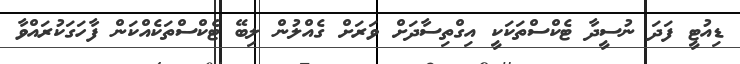
ޑިއުޓީ ފަދަ ނުސީދާ ޓެކްސްތަކަކީ އިގްތިސާދަށް ވަރަށް ގެއްލުން ލިބޭ ޓެކްސްތަކެއްކަން ފާހަގަކުރައްވާ